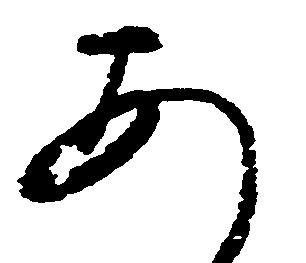
あ